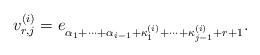
LaTeX: \begin{align*}v^{(i)}_{r,j}=e_{\alpha_1+\dots+\alpha_{i-1}+ \kappa^{(i)}_1+\dots +\kappa^{(i)}_{j-1}+r+1}.\end{align*}